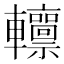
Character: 𨏸